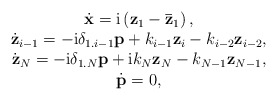
\begin{align*}\begin{array}{c}\dot{\bf x}={\rm i}\left({\bf z}_1-{\bf{\bar z}}_1\right),\\\dot{\bf z}_{i-1}=-{\rm i}\delta_{1.i-1}{\bf p}+k_{i-1}{\bf z}_{i}-k_{i-2}{\bf z}_{i-2},\\\dot{\bf z}_{N}=-{\rm i}\delta_{1.N}{\bf p}+{\rm i}k_{N}{\bf z}_{N}-k_{N-1}{\bf z}_{N-1},\\{\dot{\bf p}}=0,\end{array}\end{align*}